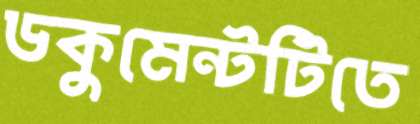
ডকুমেন্টটিতে